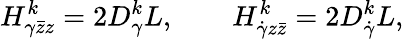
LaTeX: H_{\gamma\bar{z}z}^{k}=2D_{\gamma}^{k}L,\qquad H_{\dot{\gamma}z\bar{z}}^{k}=2D_{\dot{\gamma}}^{k}L,